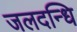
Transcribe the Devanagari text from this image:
जलदन्धि